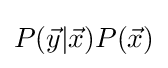
P({\vec {y}}|{\vec {x}})P({\vec {x}})